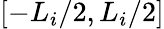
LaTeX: [-L_{i}/2,L_{i}/2]